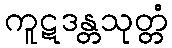
ကူဋဒန္တသုတ္တံ